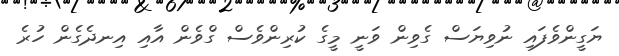
ޔަގީންވެފައި ނުވިޔަސް ގެވިން ވަނީ މީގެ ކުރިންވެސް ގްވެން އާއި އިނދެގެން ހުރެ